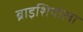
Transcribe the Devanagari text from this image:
ब्राइशियोला